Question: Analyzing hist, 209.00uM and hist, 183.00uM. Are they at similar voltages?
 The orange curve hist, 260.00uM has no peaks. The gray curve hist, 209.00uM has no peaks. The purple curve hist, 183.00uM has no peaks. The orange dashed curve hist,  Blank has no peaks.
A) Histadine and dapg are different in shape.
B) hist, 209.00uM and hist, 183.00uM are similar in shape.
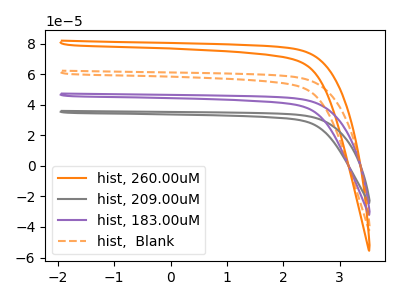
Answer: <think>Neither "hist, 209.00uM" or "hist, 183.00uM" have any peaks.
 </think>
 <answer>B) "hist, 209.00uM" and "hist, 183.00uM" are similar in shape.</answer>
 <eval>B</eval>